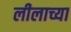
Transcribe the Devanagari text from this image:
लीलाच्या